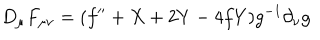
LaTeX: D _ { \mu } F _ { \mu \nu } = ( f ^ { \prime \prime } + X + 2 Y - 4 f Y ) g ^ { - 1 } \partial _ { \nu } g